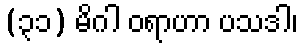
(၃၁) မိဂါ ဝရာဟာ ပသဒါ၊